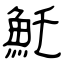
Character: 魠